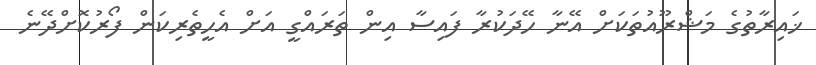
ޚައިރާތުގެ މަޝްރޫއުތަަކަށް އޭނާ ހޭދަކުރާ ފައިސާ އިން ތަރައްގީ އަށް އެހީތެރިކަން ފޯރުކޮށްދޭނެ